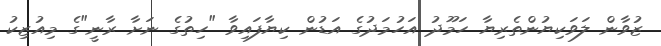
ޒުވާން ލަވަކިޔުންތެރިޔާ ހަމޫދު އަހުމަދުގެ އަޑުން ކިޔާފައިވާ "ހިތުގެ ނަށާ ރާނީ"ގެ މިއުޒިކު